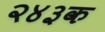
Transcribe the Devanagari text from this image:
२४३क